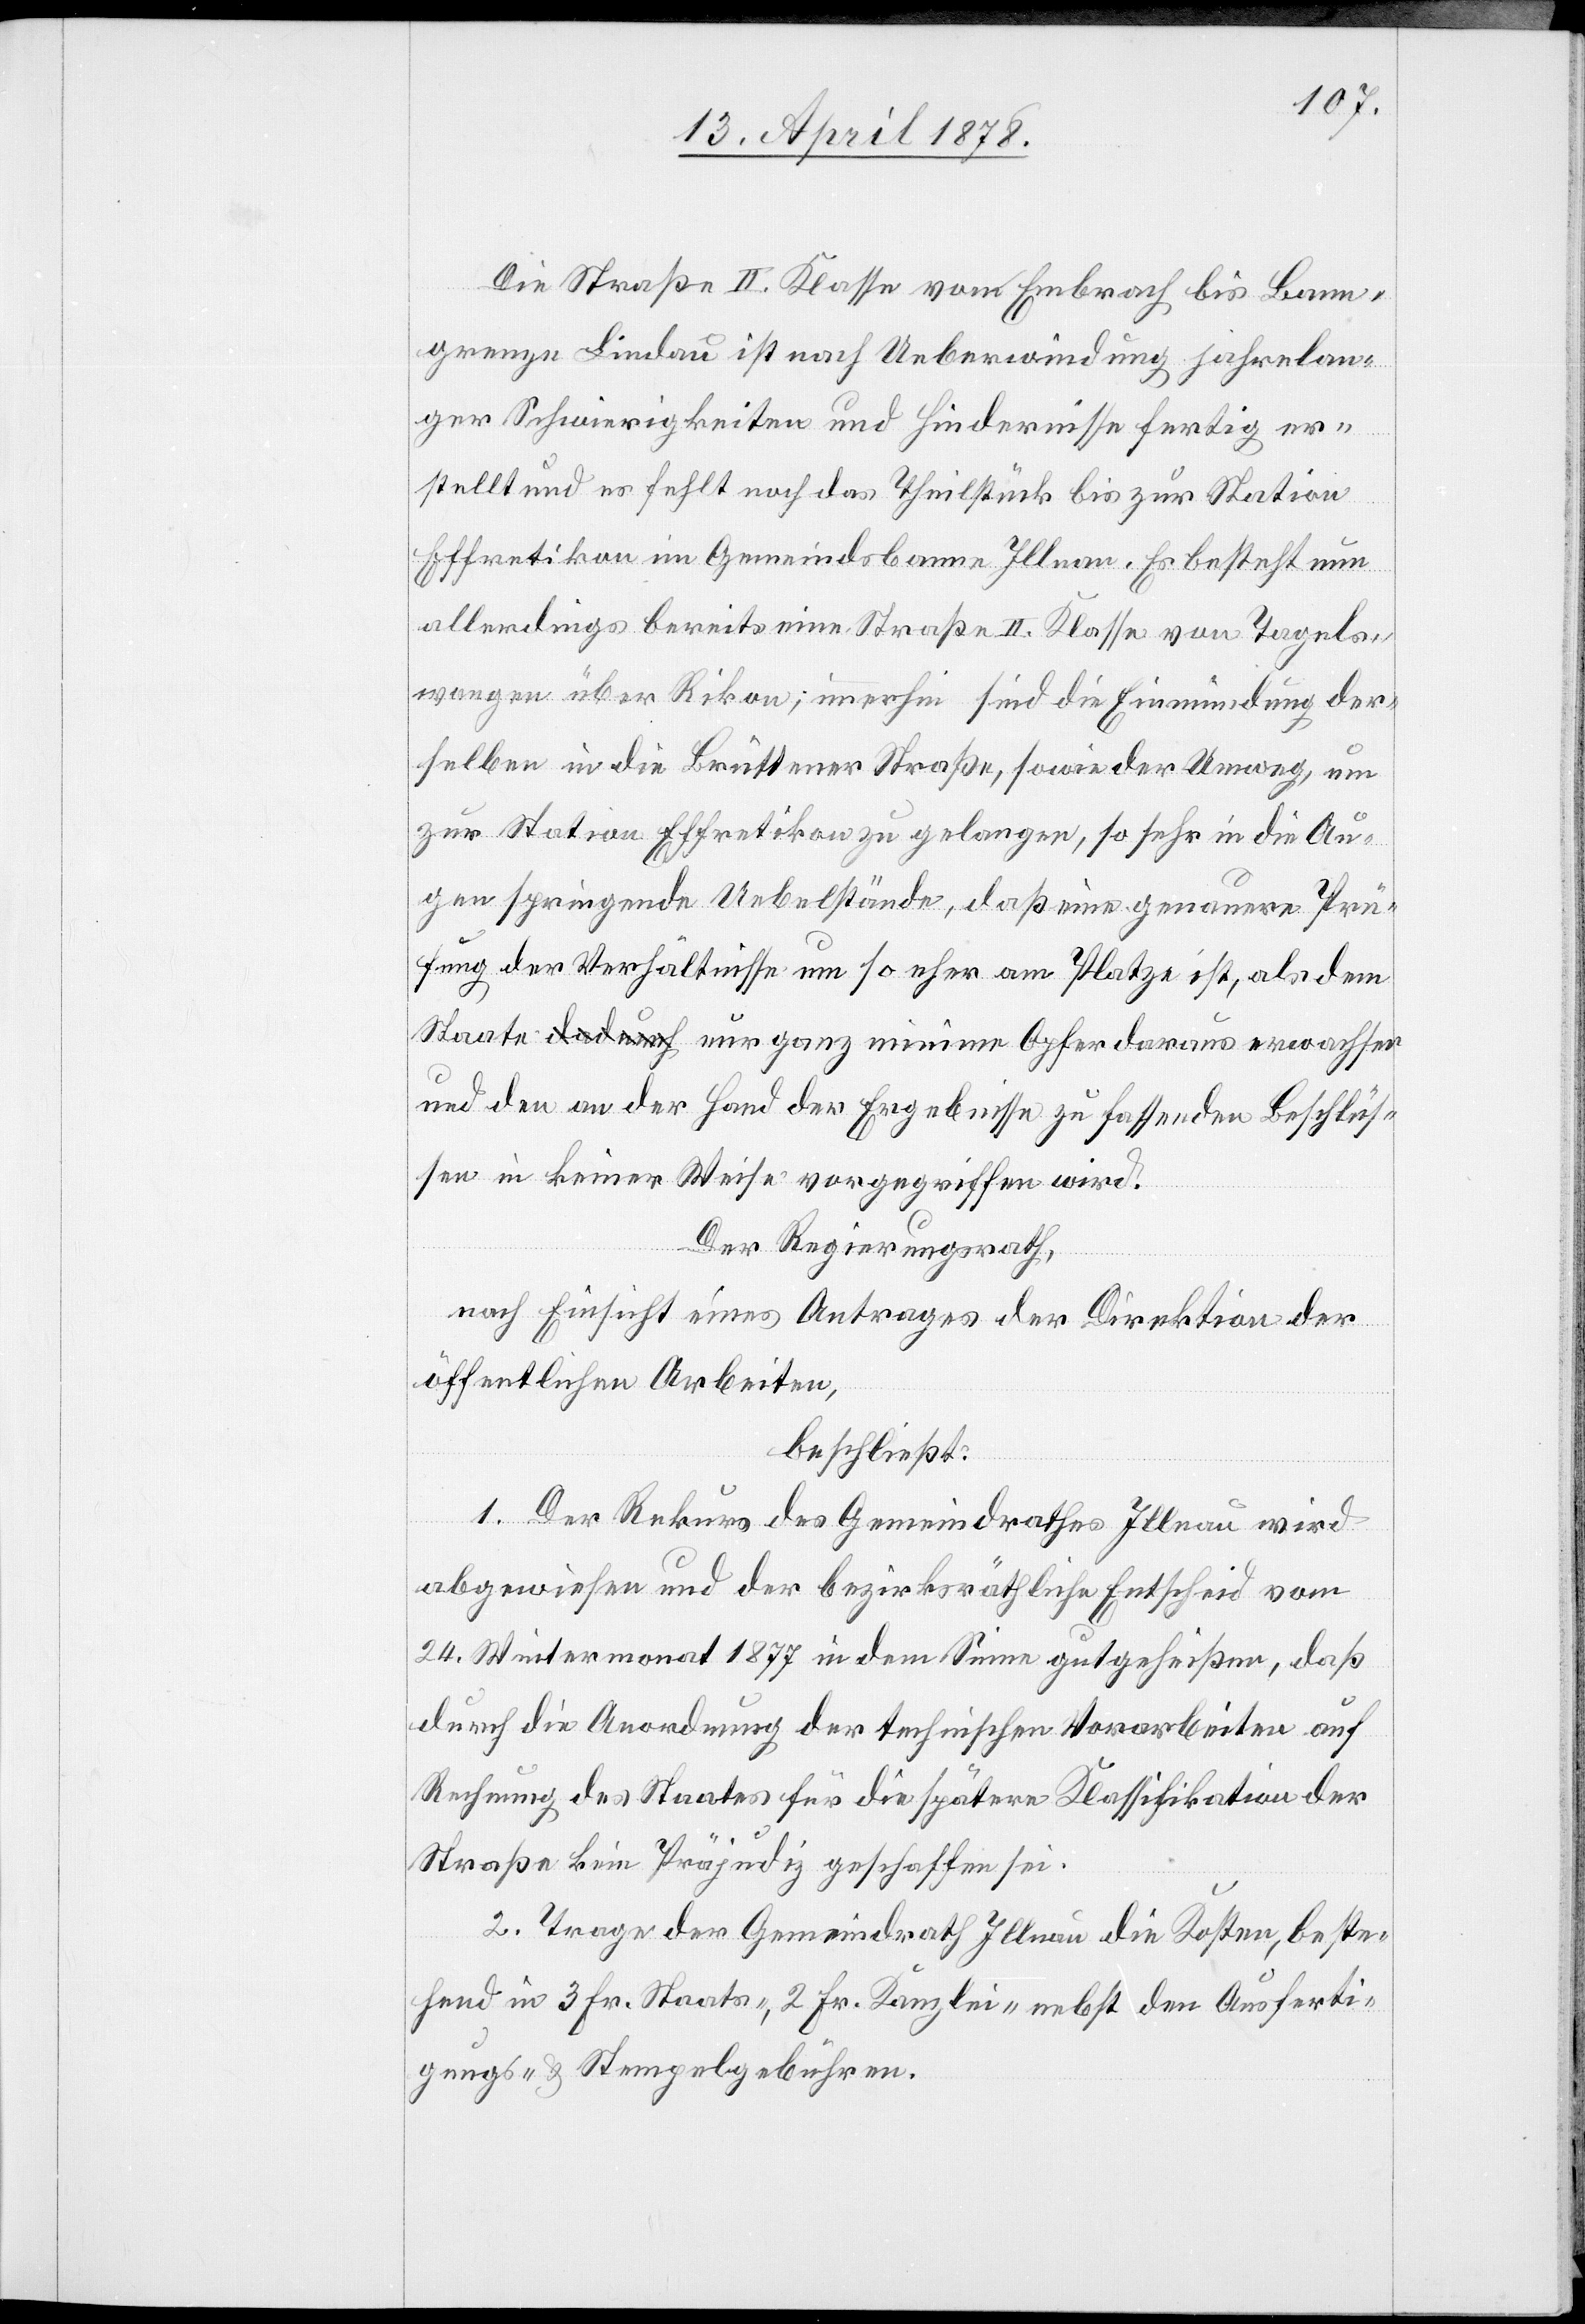
Die Straße II. Klasse von Embrach bis Bann¬
grenze Lindau ist nach Ueberwindung jahrelan¬
ger Schwierigkeiten und Hindernisse fertig er¬
stellt und es fehlt noch das Theilstück bis zur Station
Effretikon im Gemeindsbann Illnau. Es besteht nun
allerdings bereits eine Straße II. Klasse von Tagels¬
wangen über Rikon; immerhin sind die Einmündung der¬
selben in die Brüttener Straße, sowie der Umweg, um
zur Station Effretikon zu gelangen, so sehr in die Au¬
gen springende Uebelstände, daß eine genauere Prü¬
fung der Verhältnisse um so eher am Platze ist, als dem
Staate nur ganz minim Opfer daraus erwachsen
und den an der Hand der Ergebnisse zu fassenden Beschlüs¬
sen in keiner Weise vorgegriffen wird.
Der Regierungsrath,
nach Einsicht eines Antrages der Direktion der
öffentlichen Arbeiten,
beschließt:
1. Der Rekurs des Gemeindrathes Illnau wird
abgewiesen und der bezirksräthliche Entscheid vom
24. Wintermonat 1877 in dem Sinne gutgeheißen, daß
durch die Anordnung der technischen Vorarbeiten auf
Rechnung des Staates für die spätere Klassifikation der
Straße kein Präjudiz geschaffen sei.
2. Trage der Gemeindrath Illnau die Kosten, beste¬
hend in 3 Fr. Staats-. 2 Fr. Kanzlei- nebst den Ausferti¬
gungs- & Stempelgebühren.